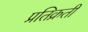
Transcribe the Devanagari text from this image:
प्रतिक्रती